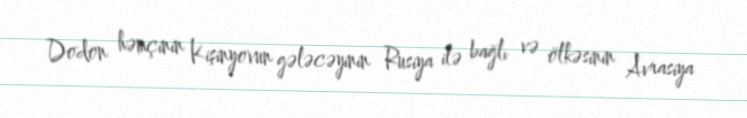
Dodon həmçinin Kişinyovun gələcəyinin Rusiya ilə bağlı və ölkəsinin Avrasiya